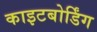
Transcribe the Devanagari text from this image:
काइटबोर्डिंग